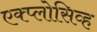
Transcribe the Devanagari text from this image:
एक्प्लोसिव्ह